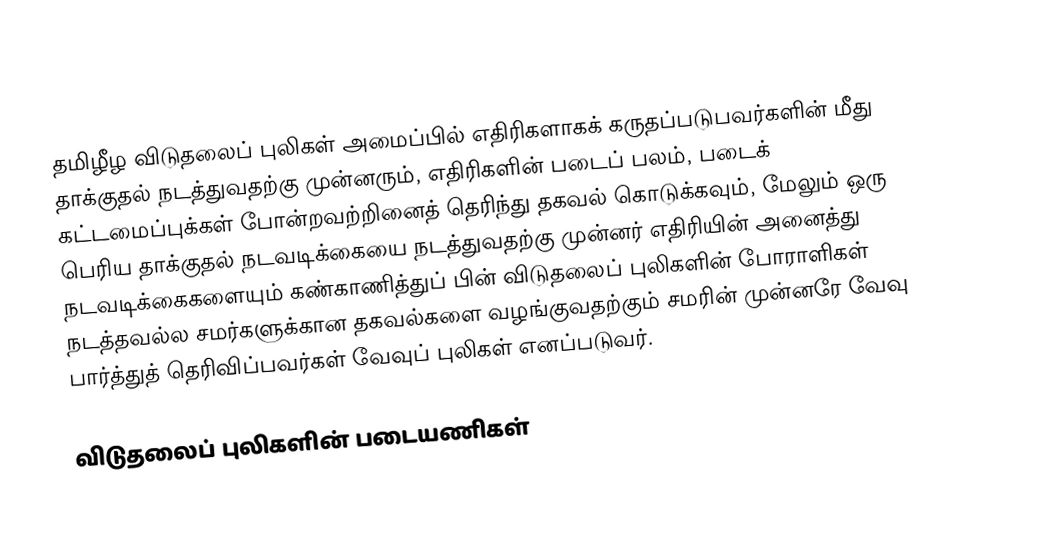
தமிழீழ விடுதலைப் புலிகள் அமைப்பில் எதிரிகளாகக் கருதப்படுபவர்களின் மீது தாக்குதல் நடத்துவதற்கு முன்னரும், எதிரிகளின் படைப் பலம், படைக் கட்டமைப்புக்கள் போன்றவற்றினைத் தெரிந்து தகவல் கொடுக்கவும், மேலும் ஒரு பெரிய தாக்குதல் நடவடிக்கையை நடத்துவதற்கு முன்னர் எதிரியின் அனைத்து நடவடிக்கைகளையும் கண்காணித்துப் பின் விடுதலைப் புலிகளின் போராளிகள் நடத்தவல்ல சமர்களுக்கான தகவல்களை வழங்குவதற்கும் சமரின் முன்னரே வேவு பார்த்துத் தெரிவிப்பவர்கள் வேவுப் புலிகள் எனப்படுவர்.

விடுதலைப் புலிகளின் படையணிகள்